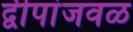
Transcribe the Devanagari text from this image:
द्वीपांजवळ